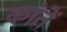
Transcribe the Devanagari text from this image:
कांतें